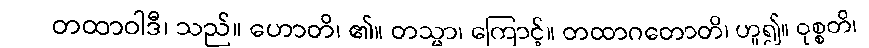
တထာဝါဒီ၊ သည်။ ဟောတိ၊ ၏။ တသ္မာ၊ ကြောင့်။ တထာဂတောတိ၊ ဟူ၍။ ဝုစ္စတိ၊